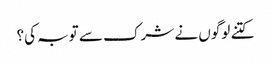
کتنے لوگوں نے شرک سے توبہ کی؟